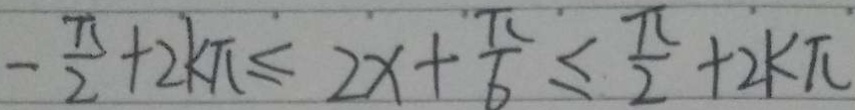
- \frac { \pi } { 2 } + 2 k \pi \leq 2 x + \frac { \pi } { 6 } \leq \frac { \pi } { 2 } + 2 k \pi